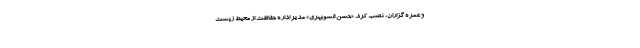
و عمره گزاران، نصب کرد. «حسن السویهری» مدیر اداره حفاظت از محیط زیست